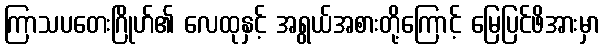
ကြာသပတေးဂြိုဟ်၏ လေထုနှင့် အရွယ်အစားတို့ကြောင့် မြေပြင်ဖိအားမှာ